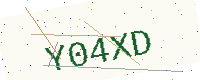
Text: Y04XD